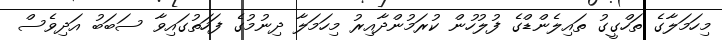
މިހަމަލާގެ ތަހްގީގު ތައިލެންޑްގެ ފުލުހުން ކުރަމުންދާއިރު މިހަމަލާ ދިނުމުގެ ފަހަތުގައިވާ ސަބަބު އަދިވެސް